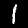
Digit: 1